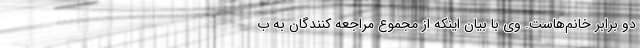
دو برابر خانم‌هاست. وی با بیان اینکه از مجموع مراجعه کنندگان به ب